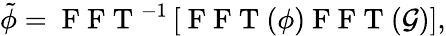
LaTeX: \tilde{\phi}=\mathrm{~F~F~T~}^{-1}\left[\mathrm{~F~F~T~}(\phi)\mathrm{~F~F~T~}(\mathcal{G})\right],